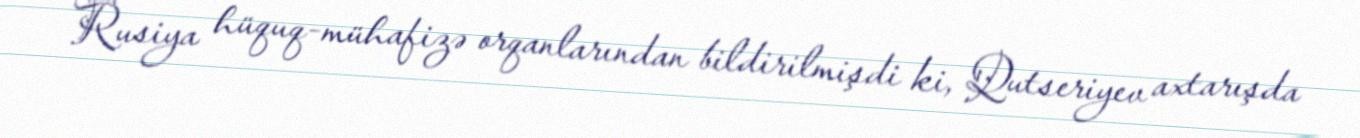
Rusiya hüquq-mühafizə orqanlarından bildirilmişdi ki, Qutseriyev axtarışda